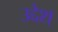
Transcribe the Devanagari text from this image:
उद्देश्